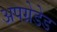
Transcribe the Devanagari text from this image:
अपग्रेडेड